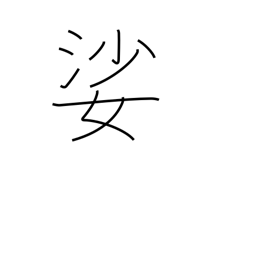
Meaning: old woman